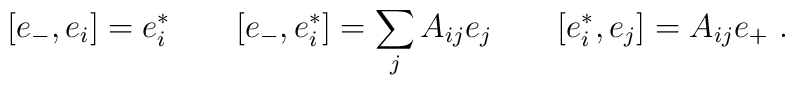
[e_-,e_i] = e^*_i \qquad [e_-,e^*_i] = \sum_j A_{ij} e_j \qquad  [e^*_i,e_j] = A_{ij} e_+~.